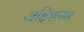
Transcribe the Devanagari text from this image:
अद्दिशनल